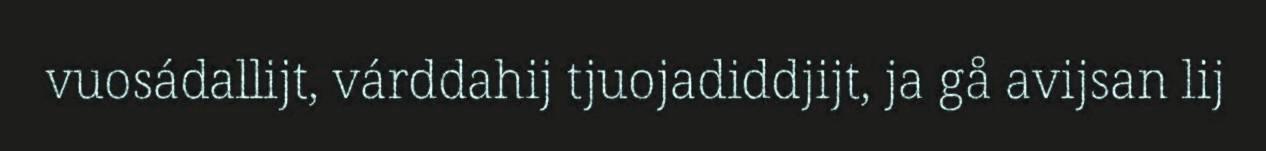
vuosádallijt, várddahij tjuojadiddjijt, ja gå avijsan lij